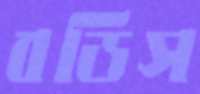
বডিস